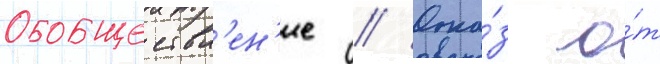
Обобществл'ен'ие // Отка́з о́т